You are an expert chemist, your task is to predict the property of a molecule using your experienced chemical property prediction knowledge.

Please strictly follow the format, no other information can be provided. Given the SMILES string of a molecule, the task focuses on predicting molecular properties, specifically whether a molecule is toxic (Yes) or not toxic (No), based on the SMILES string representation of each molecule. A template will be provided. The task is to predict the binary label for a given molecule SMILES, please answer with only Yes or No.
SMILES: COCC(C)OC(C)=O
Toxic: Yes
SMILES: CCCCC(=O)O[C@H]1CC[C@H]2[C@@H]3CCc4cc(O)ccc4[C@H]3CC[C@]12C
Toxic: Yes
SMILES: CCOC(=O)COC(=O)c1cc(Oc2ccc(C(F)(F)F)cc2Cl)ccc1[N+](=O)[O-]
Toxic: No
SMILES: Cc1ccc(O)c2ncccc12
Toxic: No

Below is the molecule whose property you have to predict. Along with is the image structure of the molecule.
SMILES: C=CC(OCC)OCC
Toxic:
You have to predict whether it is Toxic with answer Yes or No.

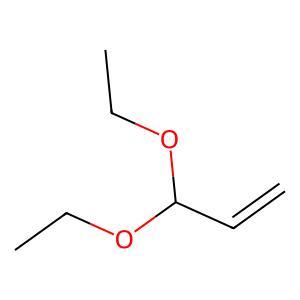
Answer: No